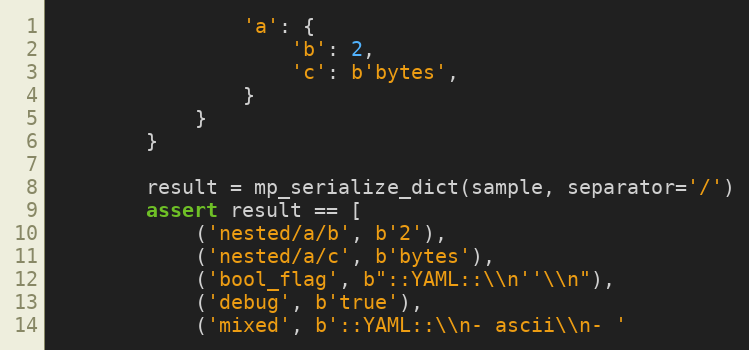
Language: Python
                'a': {
                    'b': 2,
                    'c': b'bytes',
                }
            }
        }

        result = mp_serialize_dict(sample, separator='/')
        assert result == [
            ('nested/a/b', b'2'),
            ('nested/a/c', b'bytes'),
            ('bool_flag', b"::YAML::\\n''\\n"),
            ('debug', b'true'),
            ('mixed', b'::YAML::\\n- ascii\\n- '